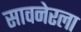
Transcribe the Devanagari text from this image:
सावनेरला